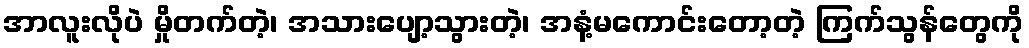
အာလူးလိုပဲ မှိုတက်တဲ့၊ အသားပျော့သွားတဲ့၊ အနံ့မကောင်းတော့တဲ့ ကြက်သွန်တွေကို